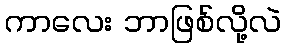
ကာလေး ဘာဖြစ်လို့လဲ